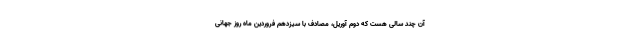
آن چند سالی هست که دوم آوریل، مصادف با سیزدهم فروردین ماه روز جهانی